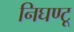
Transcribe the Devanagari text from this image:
निघण्टू